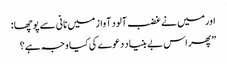
اورمیں نے غضب آلود آواز میں نانی سے پوچھا :
”پھر اس بے بنیاد دعوے کی کیا وجہ ہے ؟